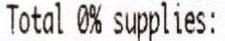
TOTAL 0% SUPPLIES: